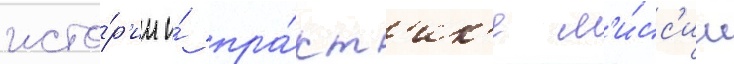
исто́р'ии и́ пра́кт'ик'е м'и́сс'ии